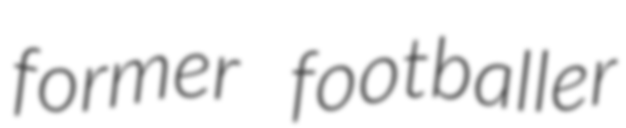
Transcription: former footballer